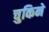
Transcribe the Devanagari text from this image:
चुकिने